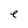
Character: e